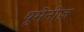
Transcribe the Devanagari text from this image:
यूमेनीज़